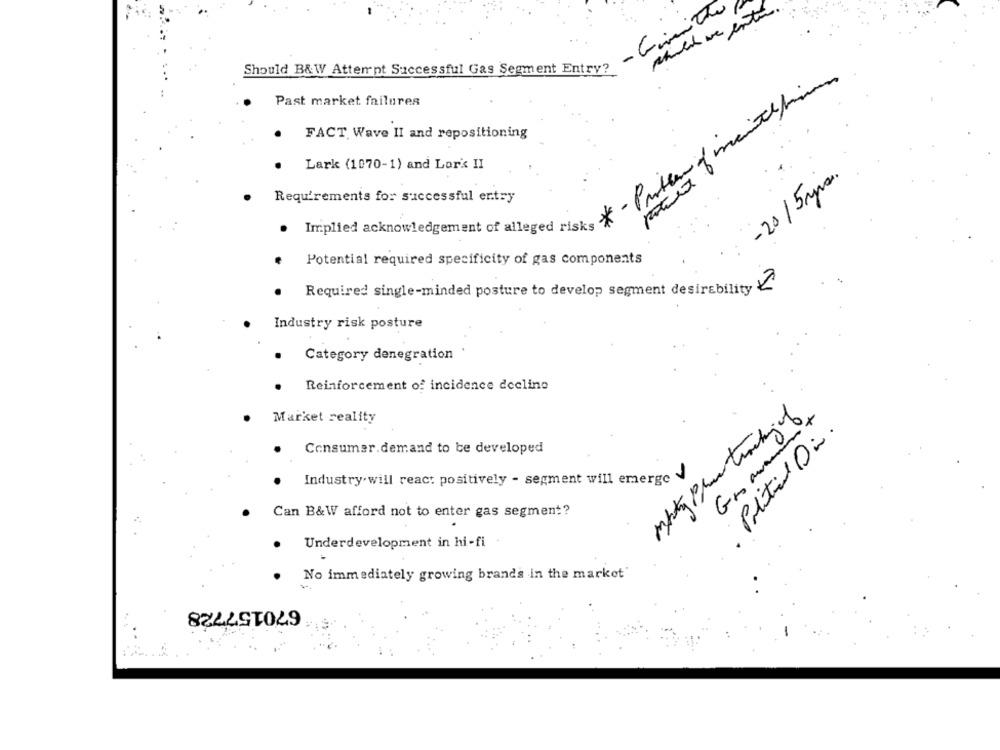
- Gimitte
which we entre
Should B&W Attempt Successful Gas Segment Entry?
Past market failures
FACT Wave II and repositioning
Lark (1070-1) and Lor's II
- 20 / 5 mps.
Requirements for successful entry
. Implied acknowledgement of alleged risks
:
Potential required specificity of gas components
Required single-minded posture to develop segment desirability
Industry risk posture
Category denegration
Reinforcement of incidence declino
Market reality
Political Di.
Granna
Consumer. demand to be developed
Industry.will react positively - segment will emerge
Can B&W afford not to enter gas segment?
Underdevelopment in hi-fi
No immediately growing brands in the market'
670157728